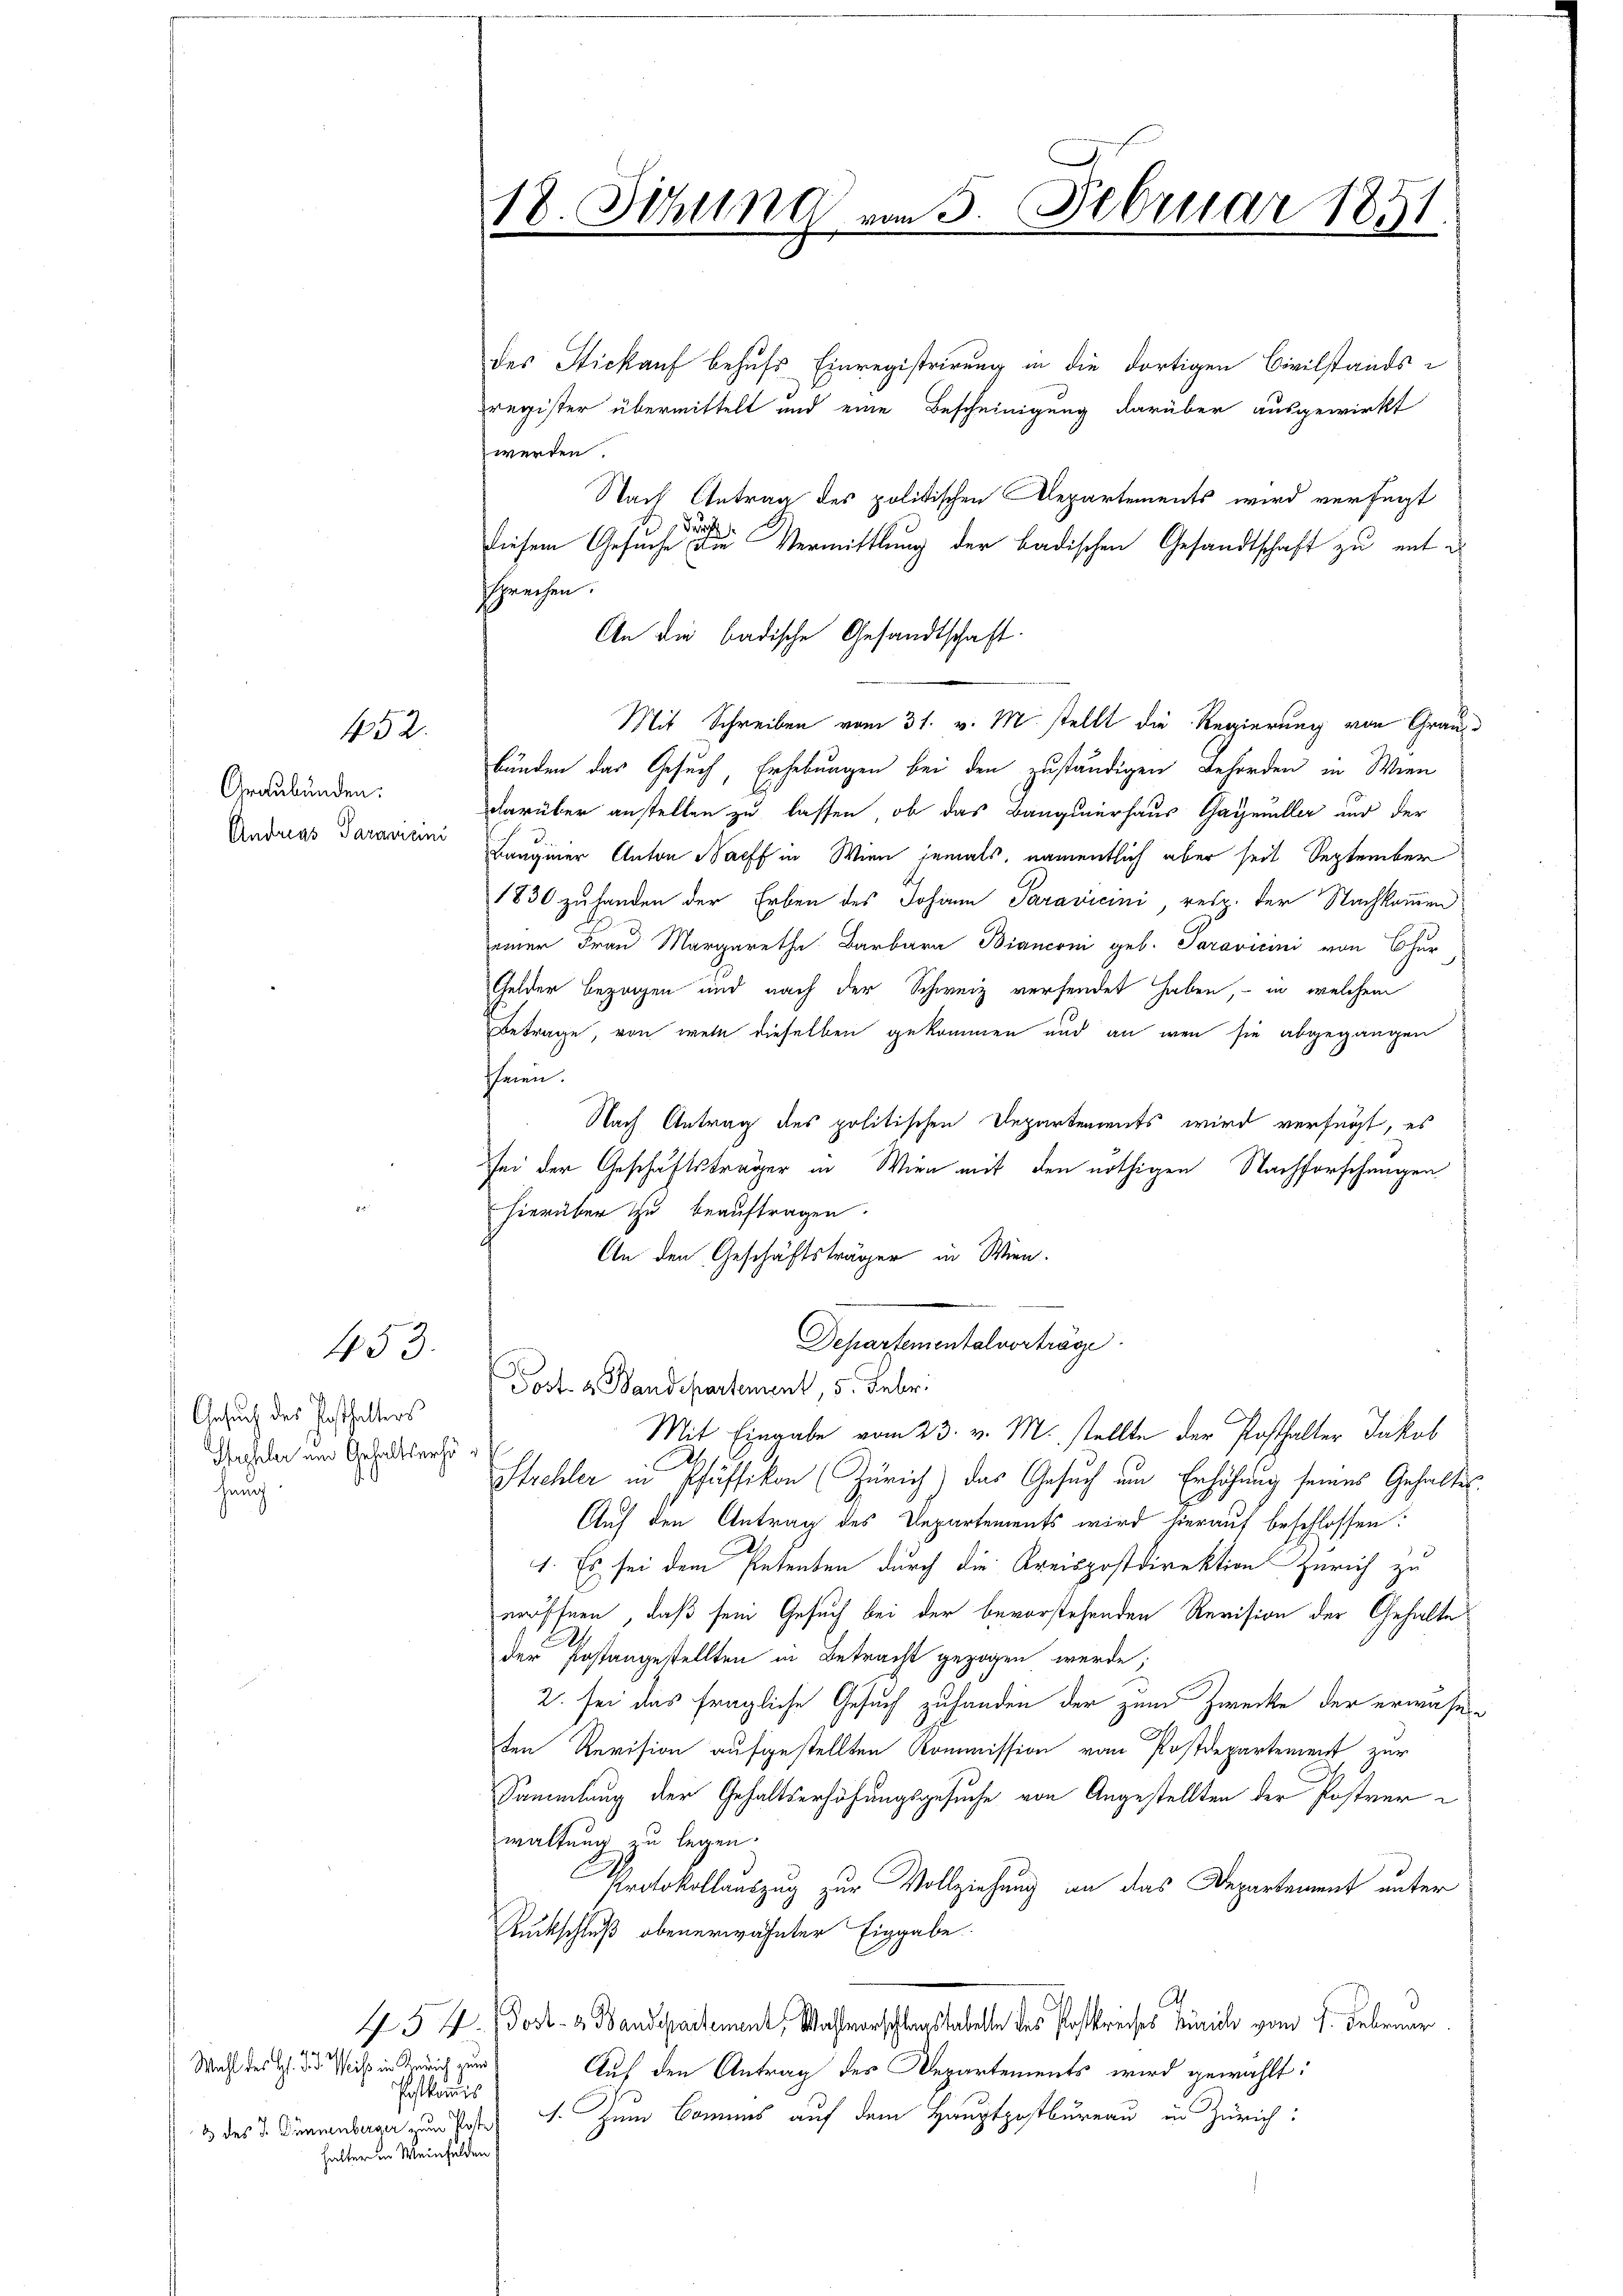
452.

Graubünden:

des Stickauf behufs Einregistrirung in die dortigen Civilstands-
register übermittelt und eine Bescheinigung darüber ausgewirkt
werden.
Nach Antrag des politischen Departements wird verfügt
durch
diesem Gesuche die Vermittlung der badischen Gesandtschaft zu mit e
sprechen.
Mit Schreiben vom 31. v. M. stellt die Regierung von Grau
bänden das Gesuch, Erhebungen bei den zuständigen Behörden in Wien
darüber anstellen zu lassen, ob das Banquerhaus Gaymüller und der
Andreas Darantin Langener Anton Bacff in Wien jemals, namentlich aber seit September
1830 zu handen der Erben des Johann Paravicini, resp. der Nachkommen
einer Frau Margaretha Barbara Bianconi geb. Saravicini von Chur
Gelder bezogen und nach der Schweiz versendet haben, – in welchem
Betrage, von wenn dieselben gekommen und an wen sie abgegangen
shiren.
Nach Antrag des politischen Departements wird verfügt, es
sei der Geschäftsträger in Wien mit den nöthigen Nachforschungen
hierüber zu beauftragen.
An den Geschäftsträger in Wien.
Departementalvorträge
1453.
Post u. Bandepartement, 5. Febr.
Ansuch des Posthalters
Mit Eingabe vom 23. v. M. stellte der Posthalter Jakob
Suchler um Gehaltserhö¬
24.
Strehler in Pfäffikon (Zürich) das Gesuch um Erhöhung seines Gehaltes
hang
Auch den Antrag des Departements wird hierauf beschlossen:
1. Es sei dem Petenten durch die Kreispostdirektion Zürich zu
eröffnen, daß sein Gesuch bei der bevorstehenden Revision der Gehalte
der Postangestellten in Betracht gezogen werde;
2. sei das fragliche Gesuch zuhanden der zum Zwecke der erwähnden Revision aufgestellten Kommission von Postdepartement zur
Sammlung der Gehaltserhöhungsgesuche von Angestellten der Postrenwaltung zu legen.
Protokollauszug zur Vollziehung an das Departement unter
Ruckschluß obenerwähnter Eingabe
A
434. Post- & Bandepartement, Wahlvorschlagstabelle des Postkreises Zürich vom 1. Februar
4
Wahl des H. d. d. Meiß in Zürich zum
Aus den Antrag des Departements wird gewählt:
Postkommis
3 des Sinnenbara und Posten s. Zum Bommens auf dem Hauptpostbureau in Zürich:
halter in Weinfelden,

18. Sitzung vom 5. Februar 1851

An die badische Gesandtschaft.